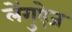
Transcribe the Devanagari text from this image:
लेंगुऐज